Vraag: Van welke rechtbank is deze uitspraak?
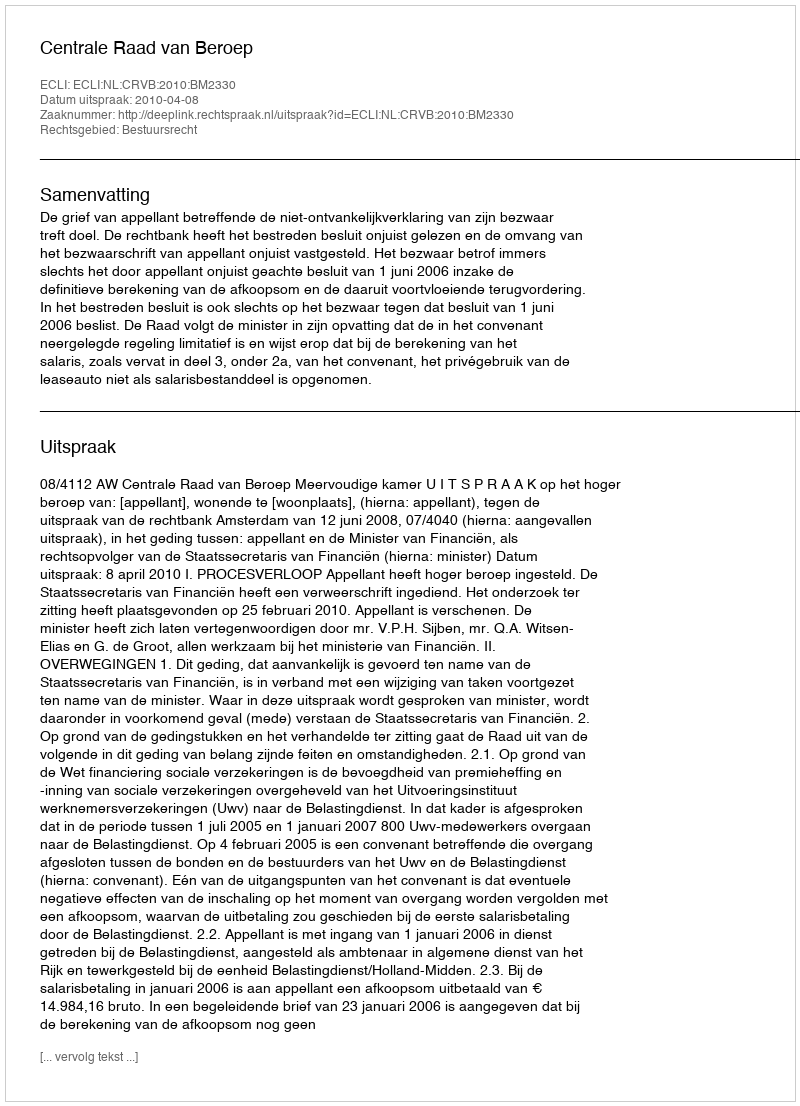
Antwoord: Centrale Raad van Beroep